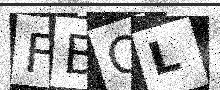
Text: FBOL